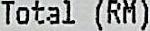
TOTAL (RM)